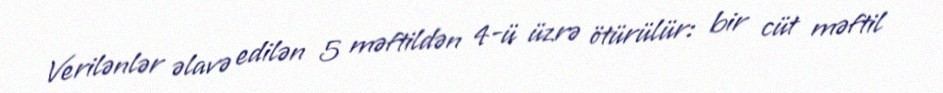
Verilənlər əlavə edilən 5 məftildən 4-ü üzrə ötürülür: bir cüt məftil